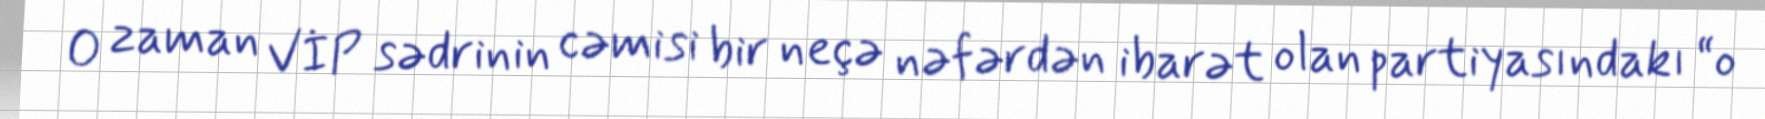
O zaman VİP sədrinin cəmisi bir neçə nəfərdən ibarət olan partiyasındakı “o